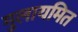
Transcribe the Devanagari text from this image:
मुलायमित